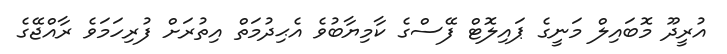
އުރީދޫ މޮބައިލް މަނީގެ ޕައިލޮޓް ފޭސްގެ ކާމިޔާބުވެ އެޙިދުމަތް އިތުރަށް ފުރިހަމަވެ ރާއްޖޭގެ